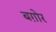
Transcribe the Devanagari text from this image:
बग़ोर